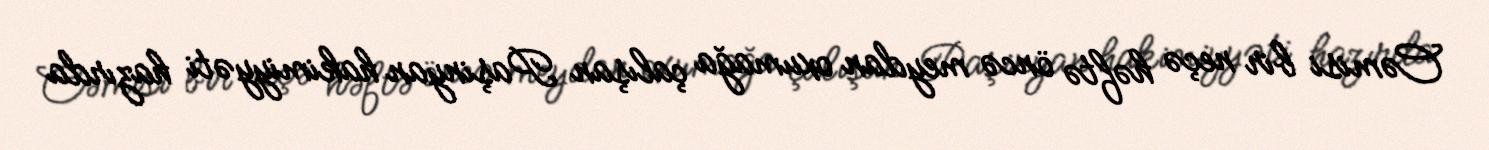
Cəmisi bir neçə həftə öncə meydan oxumağa çalışan Paşinyan hakimiyyəti hazırda